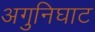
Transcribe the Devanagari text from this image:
अगुनिघाट